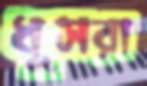
ধূসরা